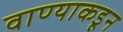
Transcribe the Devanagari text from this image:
वाण्याकडून